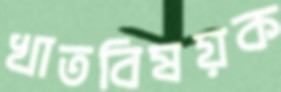
খাতবিষয়ক